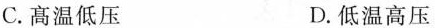
C.高温低压 D.低温高压